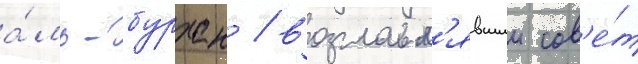
а́ль-бурхан / возглавл'явшии сов'е́т